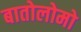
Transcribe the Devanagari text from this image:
बातोलोमो